Civil Veterinary Dept. North-West Frontier Province 1901-22 - 1901-1922
Year: 1901
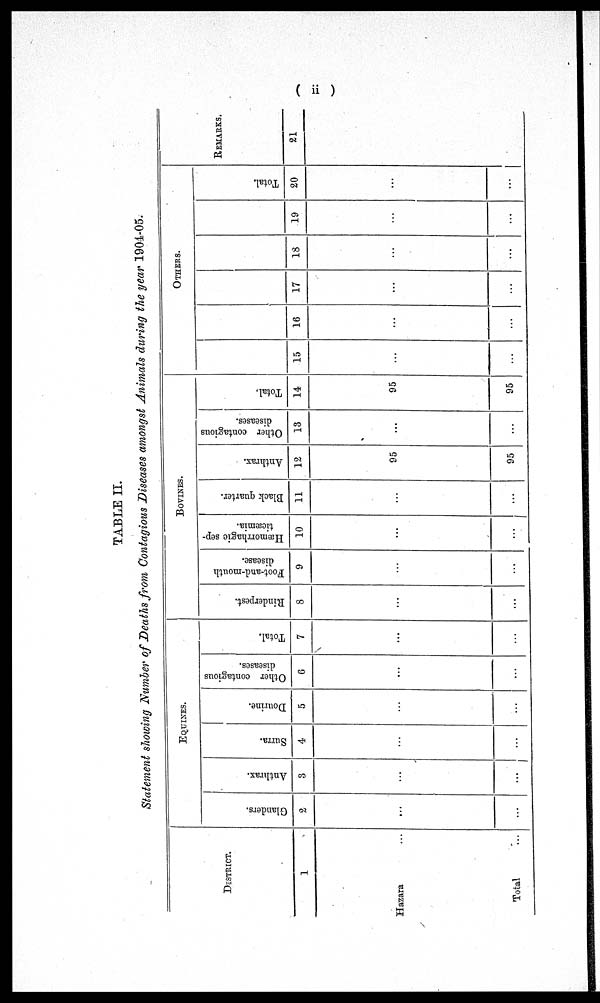
(ii)
TABLE II.
Statement showing Number of Deaths from Contagious Diseases amongst Animals during the year 1904-05.
DISTRICT.
1
Hazara ...
Total ...
EQUINES.
Glanders.
2
...
...
Anthrax.
3
...
...
Surra.
4
...
...
Dourine.
5
...
...
Other contagious
diseases.
6
...
...
Total.
7
...
...
BOVINES.
Rinderpest.
8
...
...
Foot-and-mouth
disease.
9
...
...
Hæmorrhagic sep-
tiæmia.
10
...
...
Black quarter.
11
...
...
Anthrax.
12
95
95
Other contagious
diseases.
13
...
...
Total.
14
95
95
OTHERS.
15
...
16
...
...
17
...
...
13
...
...
19
...
...
Total.
20
...
...
REMARKS.
21